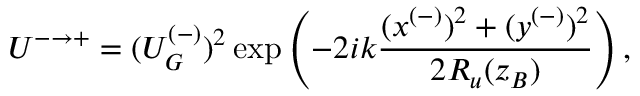
U ^ { - \rightarrow + } = ( U _ { G } ^ { ( - ) } ) ^ { 2 } \exp \left( - 2 i k \frac { ( x ^ { ( - ) } ) ^ { 2 } + ( y ^ { ( - ) } ) ^ { 2 } } { 2 R _ { u } ( z _ { B } ) } \right) ,